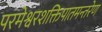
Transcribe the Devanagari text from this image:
परमेश्वरशक्तिपातमन्तरेण